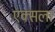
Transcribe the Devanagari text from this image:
एक्सला